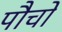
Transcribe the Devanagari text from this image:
पौचों